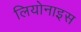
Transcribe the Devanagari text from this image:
लियोनाइस